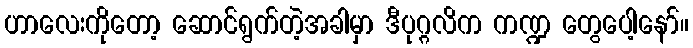
ဟာလေးကိုတော့ ဆောင်ရွက်တဲ့အခါမှာ ဒီပုဂ္ဂလိက ကဏ္ဍ တွေပေါ့နော်။